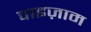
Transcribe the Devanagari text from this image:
वाइज़ाम